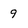
Character: 9